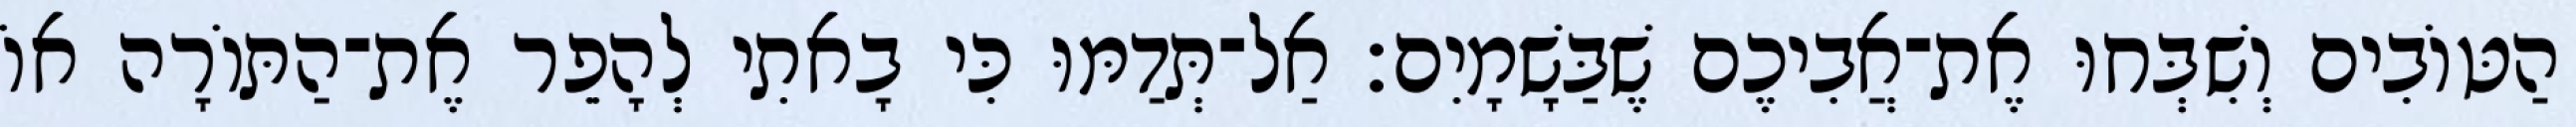
הַטּוֹבִים וְשִׁבְּחוּ אֶת־אֲבִיכֶם שֶׁבַּשָׁמָיִם׃ אַל־תְּדַמּוּ כִּי בָאתִי לְהָפֵר אֶת־הַתּוֹרָה אוֹ